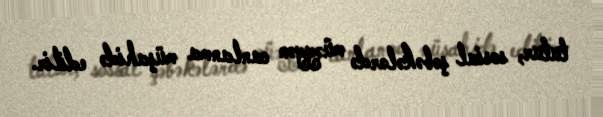
tutur, sosial şəbəkələrdə müəyyən canlanma müşahidə edilir.